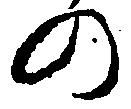
の